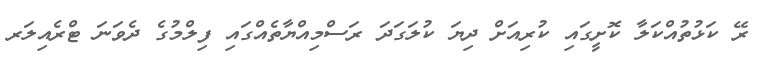
ރޭ ކަޅުތުއްކަލާ ކޮށީގައި ކުރިއަށް ދިޔަ ކުލަގަދަ ރަސްމިއްޔާތެއްގައި ފިލްމުގެ ދެވަނަ ޓްރެއިލަރ